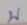
บ